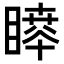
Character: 𥊊